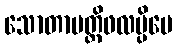
သောတာပတ္တိဖလမ္ပိပေ